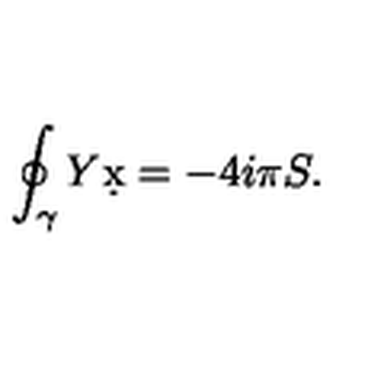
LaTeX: \oint _ { \gamma } Y \d x = - 4 i \pi S .